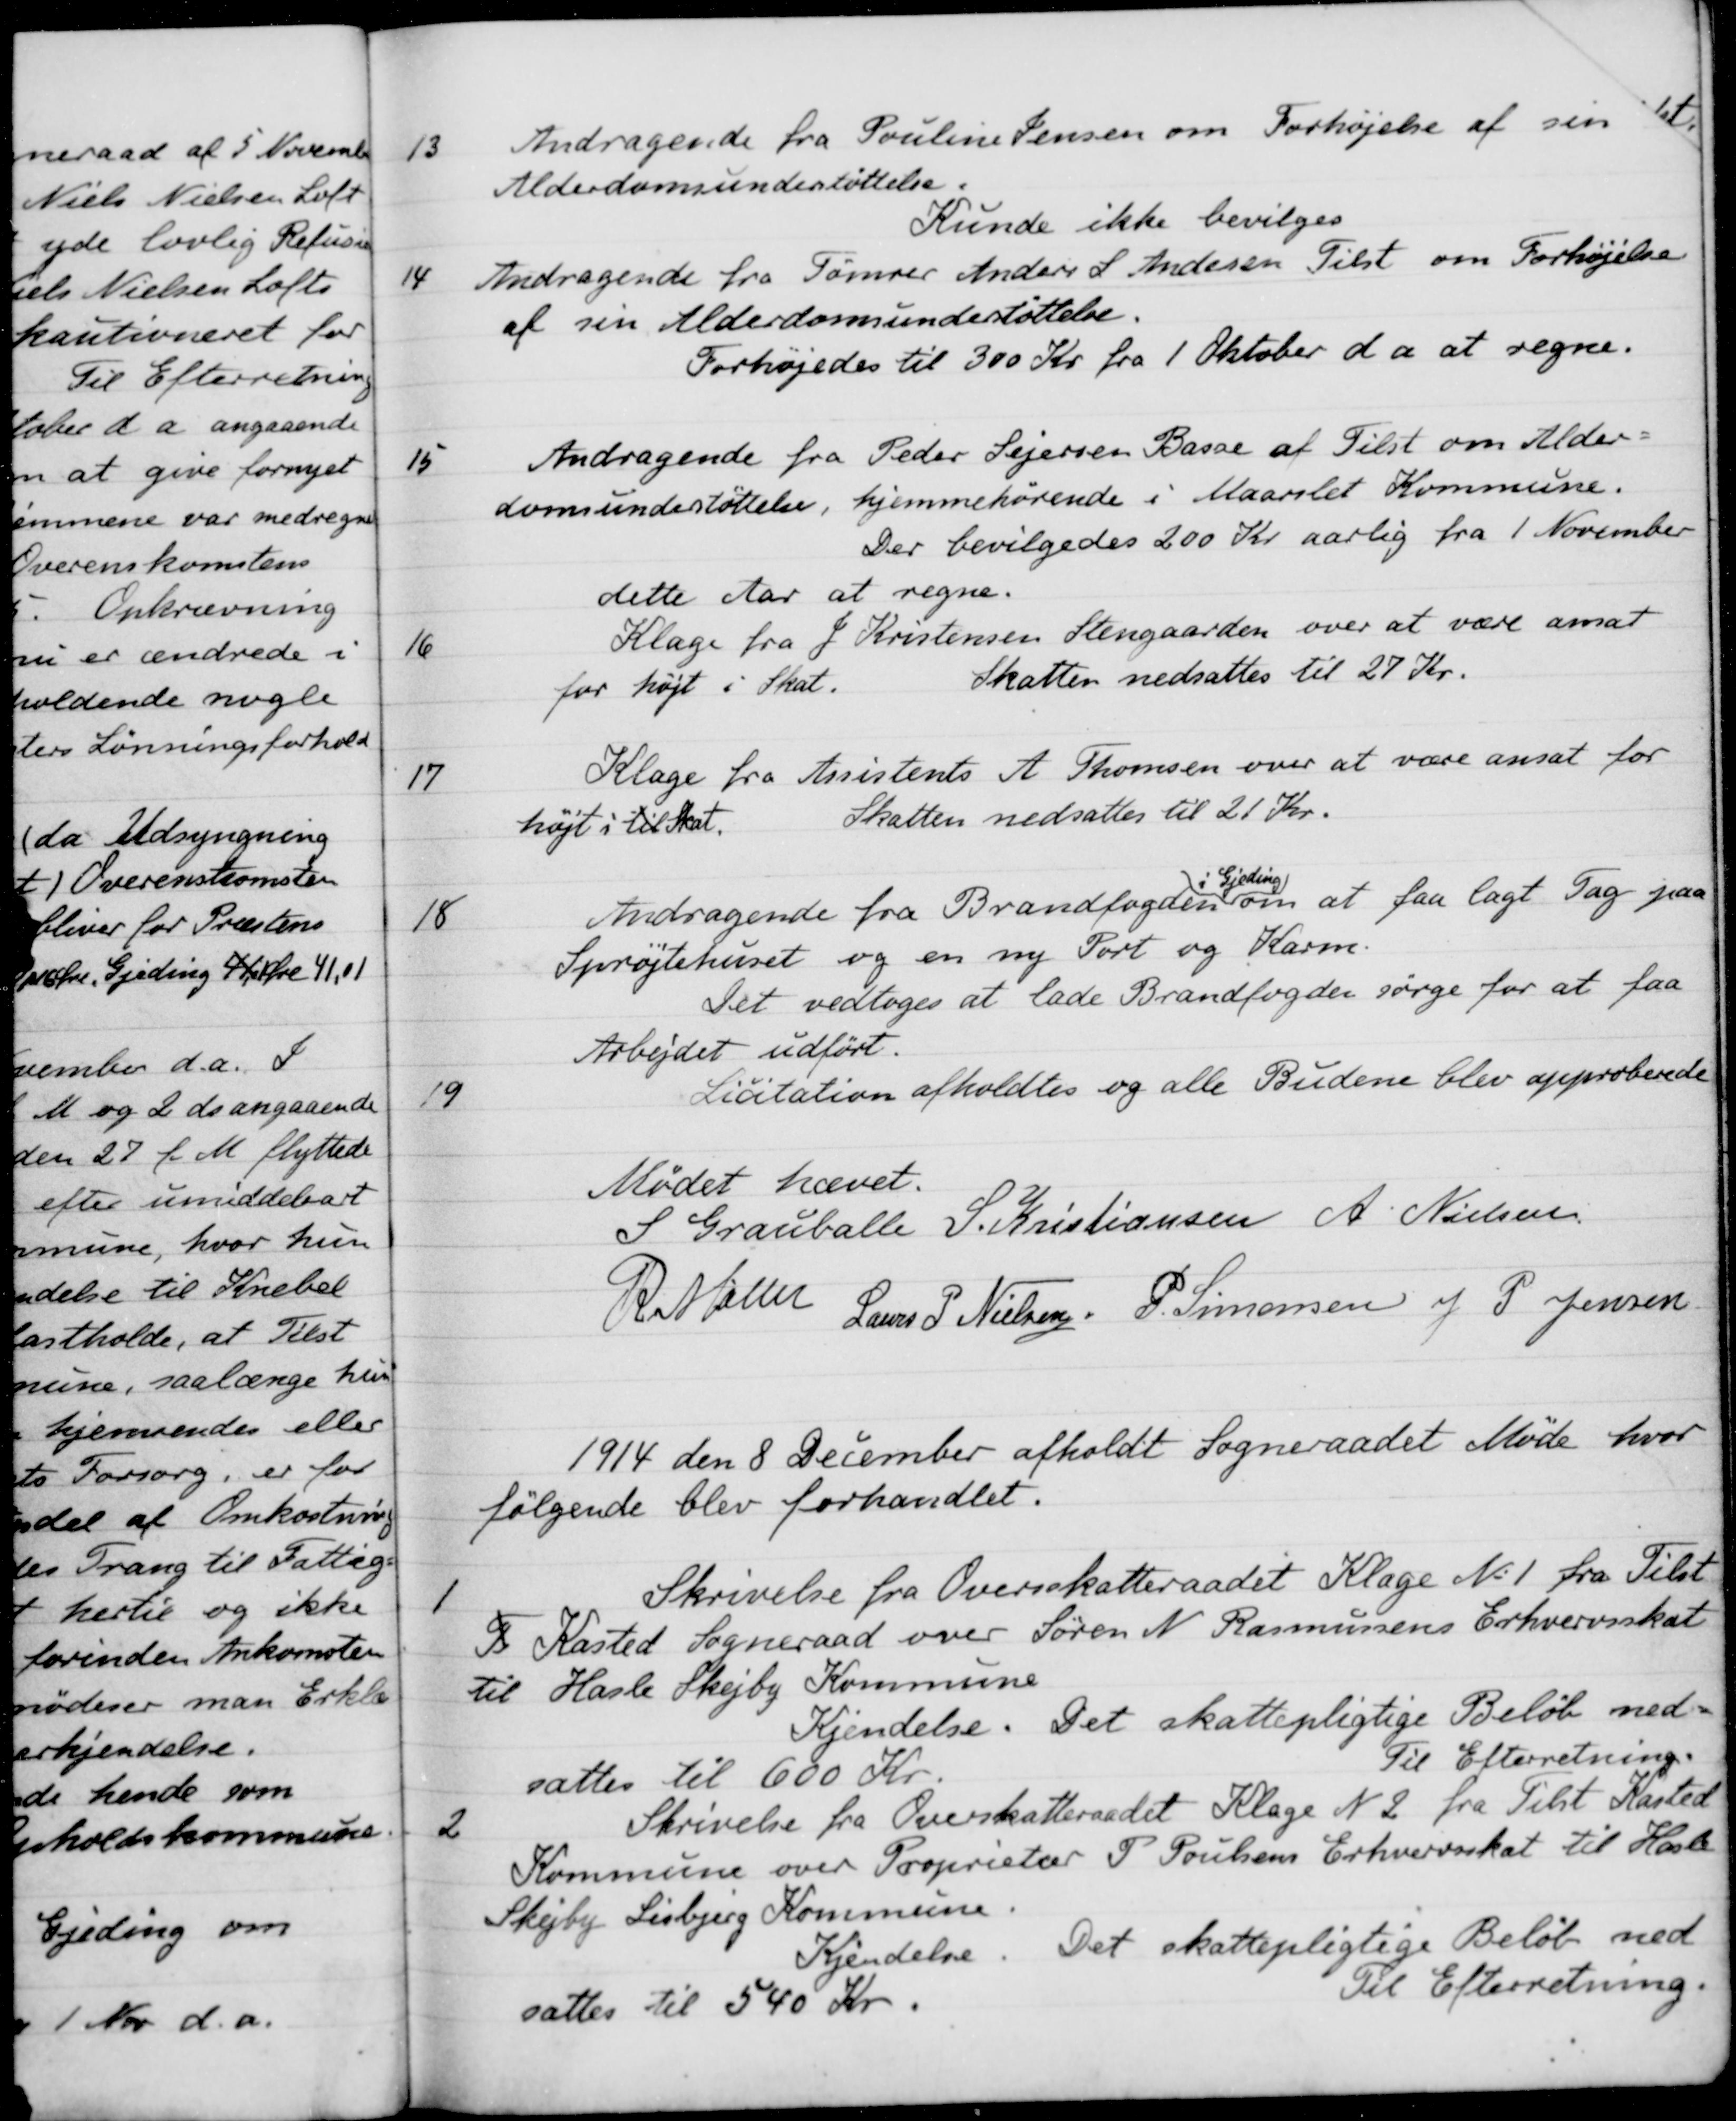
Transskription:
13
Andragende fra Pouline Jensen om Forhøjelse af sin
Alderdomsunderstøttelse.
Kunde ikke bevilges
14
Andragende fra Tømrer Anders S. Andersen Tilst om Forhøjelse
af sin Alderdomsunderstøttelse.
Forhøjedes til 300 Kr. fra 1 Oktober d a at regne.
15
Andragende fra Peder Sejersen Basse af Tilst om Alder-
domsunderstøttelse, hjemmehørende i Maarslet Kommune.
Der bevilgedes 200 Kr. aarlig fra 1 November
dette Aar at regne.
16
Klage fra J. Kristensen Stengaarden over at være ansat
for højt i Skat.
Skatten nedsattes til 27 Kr.
17
Klage fra Kristerients A. Thomsen over at være ansat for
højt i til Skat.
Skatten nedsattes til 21 Kr.
18
Andragende fra Brandfogden
i Gjeding
om at faa lagt Tag paa
Sprøjtehuset og en ny Port og Karm.
Det vedtoges at lade Brandfogden sørge for at faa
Arbejdet udført.
19
Licitation afholdtes og alle Budene blev approberede
Mødet hævet.
S Grauballe
S. Kristiansen
A. Nielsen
R. Møller
Laurs P. Nielsen
P. Simonsen
J. P. Jensen
1914 den 8 December afholdt Sogneraadet Møde hvor
følgende blev forhandlet.
1
Skrivelse fra Oversskatteraadet Klage No 1 fra Tilst
5 Kasted Sogneraad over Søren N. Rasmussens Erhvervsskat
til Hasle Skejby Kommune
Kjendelse. Det skattepligtige Beløb ned-
sattes til 600 Kr.
Til Efterretning.
2
Skrivelse fra Overskatteraadet Klage N 2 fra Tilst Kasted
Kommune over Proprietær P. Poulsens Erhvervsskat til Hasle
Skejby Lisbjerg Kommune.
Kjendelse. Det skattepligtige Beløb ned
sattes til 540 Kr.
Til Efterretning.